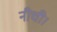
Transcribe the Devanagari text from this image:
नीची।